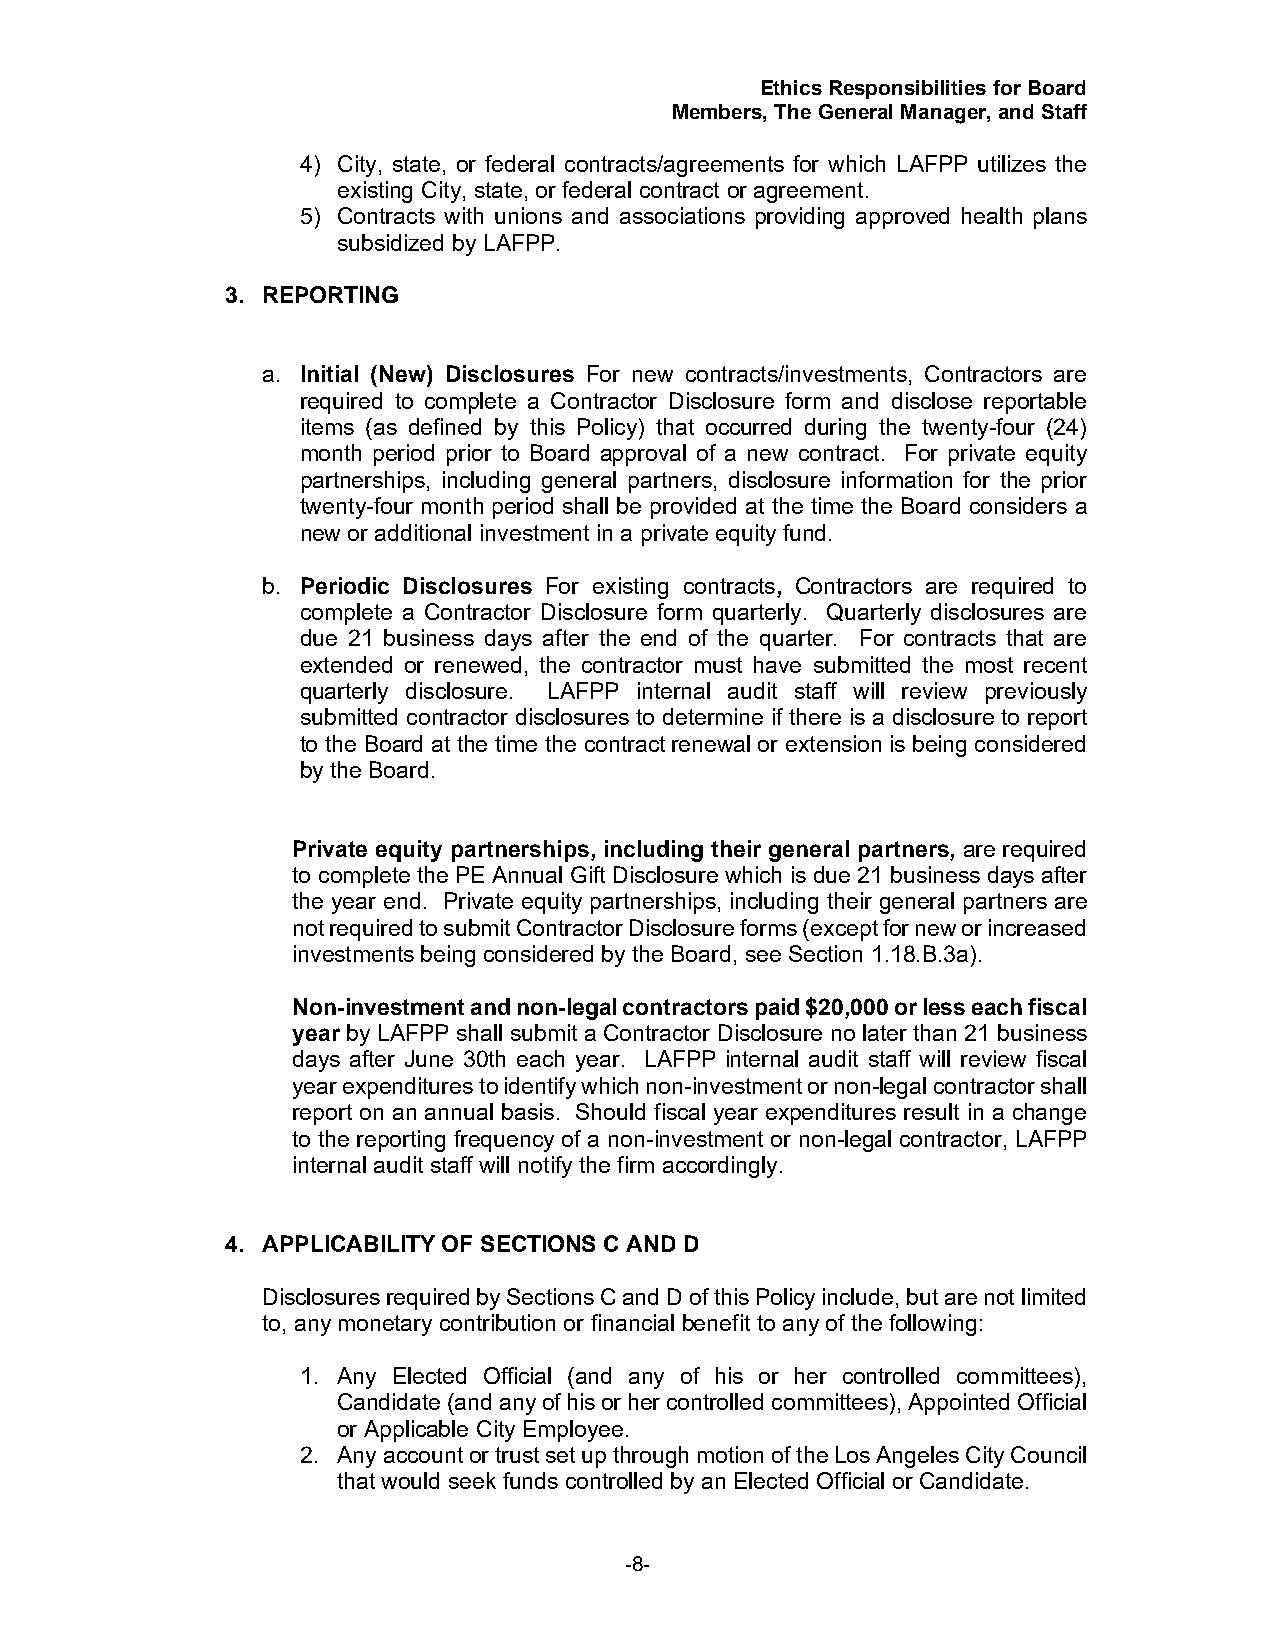
Ethics Responsibilities for Board
 Members, The General Manager, and Staff
 4) City, state, or federal contracts/agreements for which LAFPP utilizes the
 existing City, state, or federal contract or agreement.
 5) Contracts with unions and associations providing approved health plans
 subsidized by LAFPP.
 3. REPORTING
 a. Initial (New) Disclosures For new contracts/investments, Contractors are
 required to complete a Contractor Disclosure form and disclose reportable
 items (as defined by this Policy) that occurred during the twenty-four (24)
 month period prior to Board approval of a new contract. For private equity
 partnerships, including general partners, disclosure information for the prior
 twenty-four month period shall be provided at the time the Board considers a
 new or additional investment in a private equity fund.
 b. Periodic Disclosures For existing contracts, Contractors are required to
 complete a Contractor Disclosure form quarterly. Quarterly disclosures are
 due 21 business days after the end of the quarter. For contracts that are
 extended or renewed, the contractor must have submitted the most recent
 quarterly disclosure. LAFPP internal audit staff will review previously
 submitted contractor disclosures to determine if there is a disclosure to report
 to the Board at the time the contract renewal or extension is being considered
 by the Board.
 Private equity partnerships, including their general partners, are required
 to complete the PE Annual Gift Disclosure which is due 21 business days after
 the year end. Private equity partnerships, including their general partners are
 not required to submit Contractor Disclosure forms (except for new or increased
 investments being considered by the Board, see Section 1.18.B.3a).
 Non-investment and non-legal contractors paid $20,000 or less each fiscal
 year by LAFPP shall submit a Contractor Disclosure no later than 21 business
 days after June 30th each year. LAFPP internal audit staff will review fiscal
 year expenditures to identify which non-investment or non-legal contractor shall
 report on an annual basis. Should fiscal year expenditures result in a change
 to the reporting frequency of a non-investment or non-legal contractor, LAFPP
 internal audit staff will notify the firm accordingly.
 4. APPLICABILITY OF SECTIONS C AND D
 Disclosures required by Sections C and D of this Policy include, but are not limited
 to, any monetary contribution or financial benefit to any of the following:
 1. Any Elected Official (and any of his or her controlled committees),
 Candidate (and any of his or her controlled committees), Appointed Official
 or Applicable City Employee.
 2. Any account or trust set up through motion of the Los Angeles City Council
 that would seek funds controlled by an Elected Official or Candidate.
 -8-